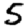
Digit: 5